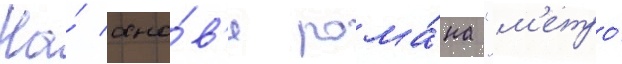
На́ осно́в'е рома́на "м'етро́